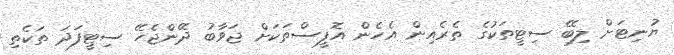
ޔުނިޓަށް ލިބޭ ސިޓީތަކުގެ ތެރެއިން އެހެން އޮފީސްތަކަށް ޖަވާބު ދޭންޖެހޭ ސިޓީފަދަ ތަކެތި